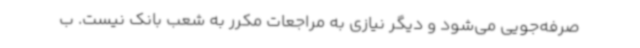
صرفه‌جویی می‌شود و دیگر نیازی به مراجعات مکرر به شعب بانک نیست. ب